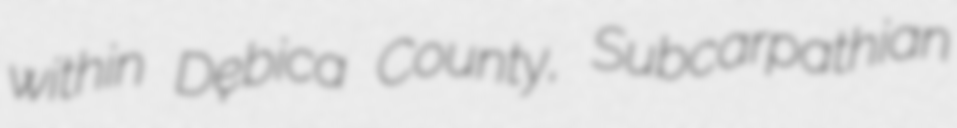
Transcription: within Dębica County, Subcarpathian